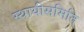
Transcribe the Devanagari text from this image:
स्थायीसमिति